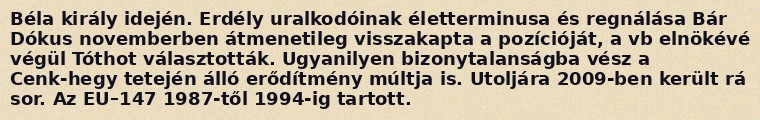
Béla király idején. Erdély uralkodóinak életterminusa és regnálása Bár Dókus novemberben átmenetileg visszakapta a pozícióját, a vb elnökévé végül Tóthot választották. Ugyanilyen bizonytalanságba vész a Cenk-hegy tetején álló erődítmény múltja is. Utoljára 2009-ben került rá sor. Az EU–147 1987-től 1994-ig tartott.